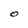
Character: O